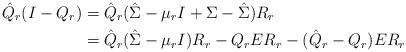
LaTeX: \begin{align*}\hat{Q}_r(I-Q_r)&=\hat{Q}_r(\hat \Sigma-\mu_rI+ \Sigma-\hat\Sigma)R_r\\&=\hat Q_r(\hat\Sigma-\mu_rI)R_r-Q_rER_r-(\hat{Q}_r-Q_r)ER_r\end{align*}